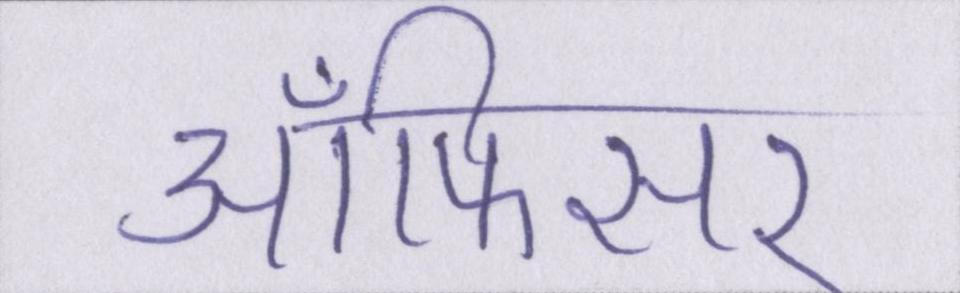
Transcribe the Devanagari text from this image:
ऑफिसर